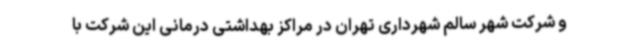
و شرکت شهر سالم شهرداری تهران در مراکز بهداشتی درمانی این شرکت با